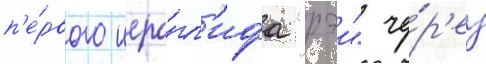
п'е́рвого иеро́гл'ифа "рэи" че́р'ез